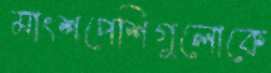
মাংশপেশিগুলোকে